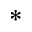
^ *